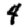
Digit: 4